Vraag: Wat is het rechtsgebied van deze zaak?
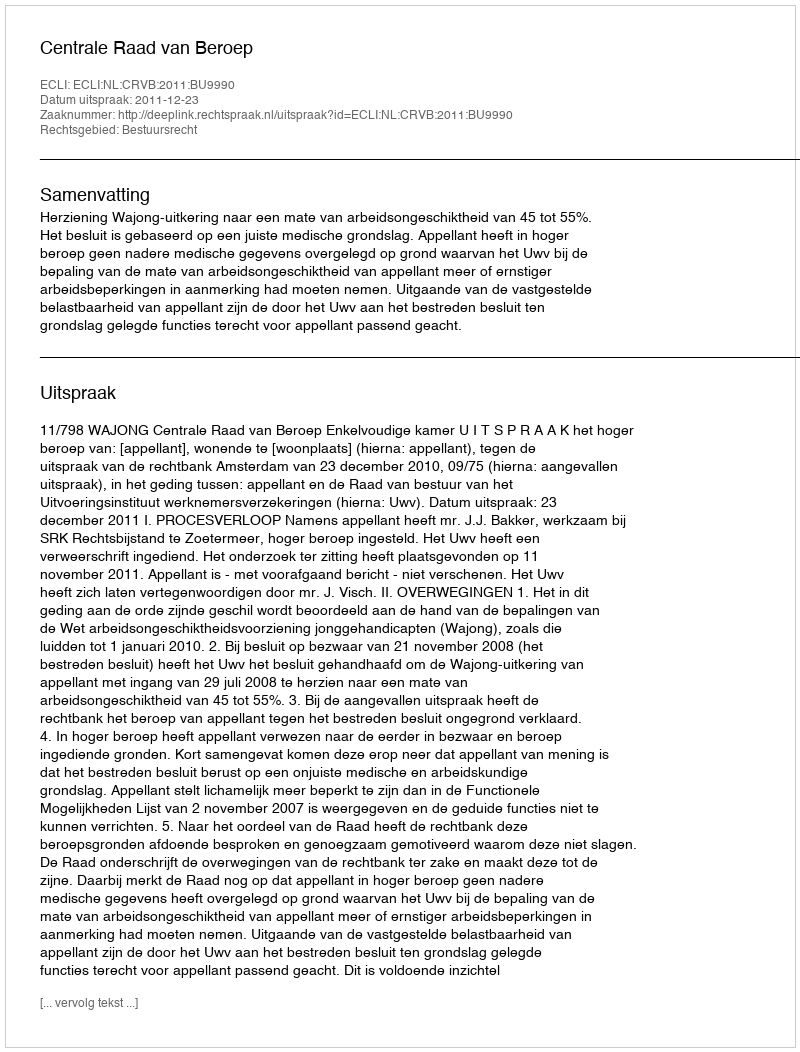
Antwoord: Bestuursrecht